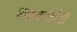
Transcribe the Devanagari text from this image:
चन्द्रमणीदेवी